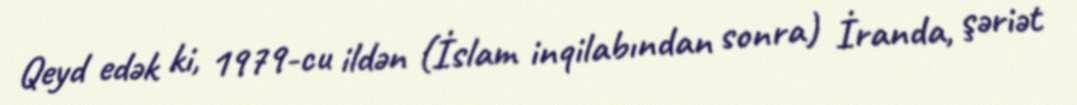
Qeyd edək ki, 1979-cu ildən (İslam inqilabından sonra) İranda, şəriət